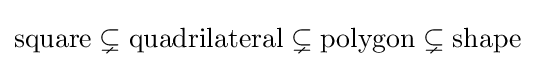
{\text{square}}\subsetneq {\text{quadrilateral}}\subsetneq {\text{polygon}}\subsetneq {\text{shape}}